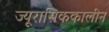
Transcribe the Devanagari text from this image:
ज्यूरासिककालीन